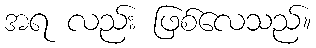
အရ လည်း ဖြစ်လေသည်။